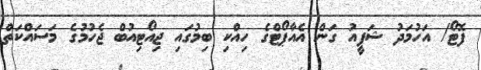
ފޮޓޯ/ އަހުމަދު ޝަފީއު ގަން އެއާޕޯޓްގެ ހިއްކި ބިމުގައި ޖިއޯޓިއުބް ޖެހުމުގެ މަސައްކަތް